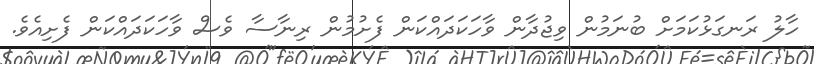
ހާލު ރަނގަޅުކަމަށް ބުނަމުން ވިޖުދާން ވާހަކަދައްކަން ފެށުމުން ރިނާސާ ވެސް ވާހަކަދައްކަން ފެށިއެވެ.